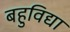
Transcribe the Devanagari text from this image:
बहुविद्या